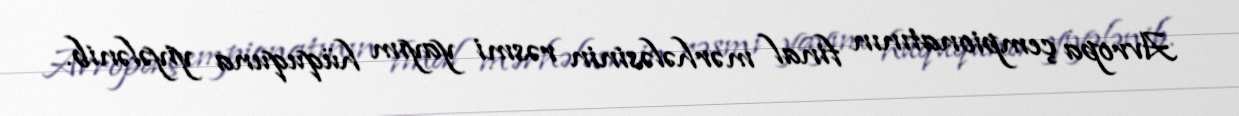
Avropa çempionatının final mərhələsinin rəsmi yayım hüququna yiyələnib.